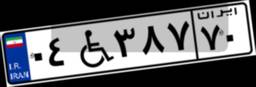
۰۴W۳۸۷۷۰